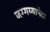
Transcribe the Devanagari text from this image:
जग्गय्यापेटा